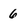
Character: 6